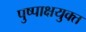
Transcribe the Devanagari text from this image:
पुष्पाक्षयुक्त